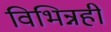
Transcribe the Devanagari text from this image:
विभिन्नही